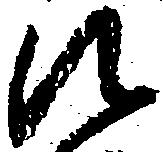
に